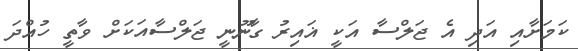
ކަމަށާއި އަދި އެ ޖަލްސާ އަކީ ޣައިރު ގާނޫނީ ޖަލްސާއަކަށް ވާތީ ހުއްދަ